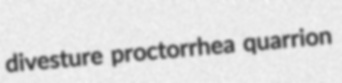
divesture proctorrhea quarrion